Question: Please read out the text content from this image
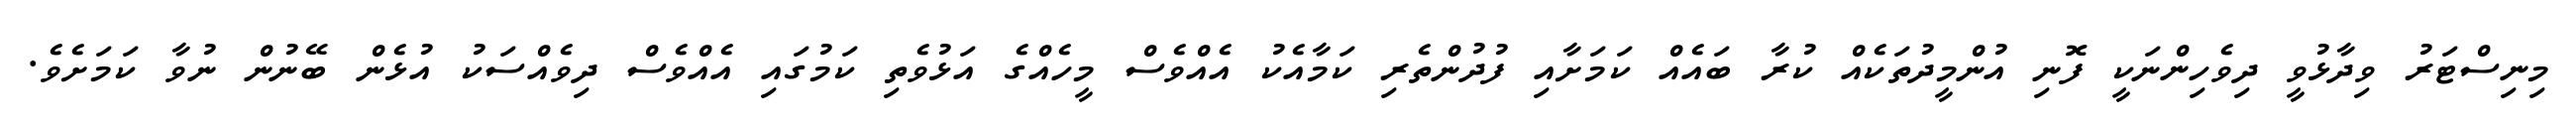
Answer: މިނިސްޓަރު ވިދާޅުވީ ދިވެހިންނަކީ ފޮނި އުންމީދުތަކެއް ކުރާ ބައެއް ކަމަށާއި ފުދުންތެރި ކަމާއެކު އެއްވެސް މީހެއްގެ އަޅުވެތި ކަމުގައި އެއްވެސް ދިވެއްސަކު އުޅެން ބޭނުން ނުވާ ކަމަށެވެ.